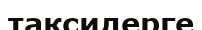
таксилерге